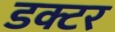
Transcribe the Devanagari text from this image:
डक्टर